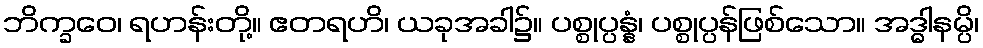
ဘိက္ခဝေ၊ ရဟန်းတို့။ ဧတရဟိ၊ ယခုအခါ၌။ ပစ္စုပ္ပန္နံ၊ ပစ္စုပ္ပန်ဖြစ်သော။ အဒ္ဓါနမ္ပိ၊